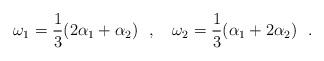
LaTeX: \begin{align*} \omega_1 = \dfrac{1}{3}(2\alpha_1+\alpha_2) \ \ , \ \ \ \omega_2 = \dfrac{1}{3}(\alpha_1+2\alpha_2) \ \ .\end{align*}